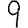
Digit: 9